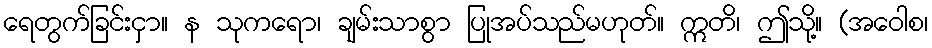
ရေတွက်ခြင်းငှာ။ န သုကရော၊ ချမ်းသာစွာ ပြုအပ်သည်မဟုတ်။ ဣတိ၊ ဤသို့။ (အဝေါစ၊